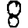
Digit: 8